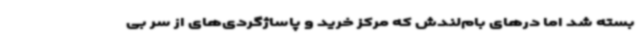
بسته شد اما درهای بام‌لندش که مرکز خرید و پاساژگردی‌های از سر بی‌